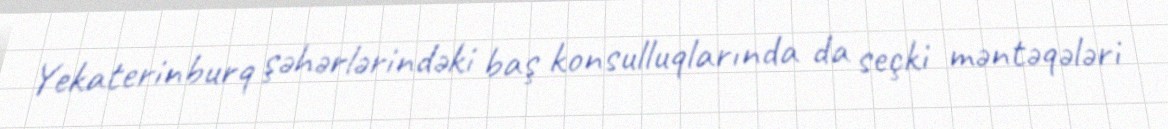
Yekaterinburq şəhərlərindəki baş konsulluqlarında da seçki məntəqələri